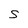
Character: 5